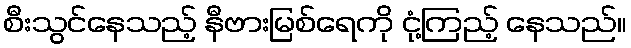
စီးသွင်နေသည့် နီဗားမြစ်ရေကို ငုံ့ကြည့် နေသည်။